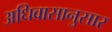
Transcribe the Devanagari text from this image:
अधिवासानुसार